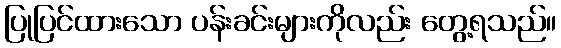
ပြုပြင်ထားသော ပန်းခင်းများကိုလည်း တွေ့ရသည်။